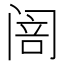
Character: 𮸦